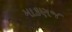
માકણજ